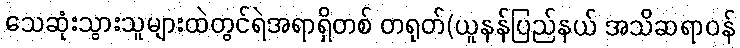
သေဆုံးသွားသူများထဲတွင်ရဲအရာရှိတစ် တရုတ်(ယူနန်ပြည်နယ် အသိဆရာဝန်